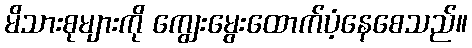
မိသားစုများကို ကျွေးမွေးထောက်ပံ့နေစေသည်။